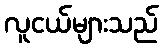
လူငယ်များသည်